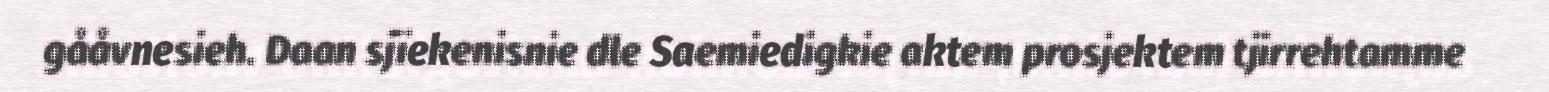
gååvnesieh. Daan sjïekenisnie dle Saemiedigkie aktem prosjektem tjirrehtamme